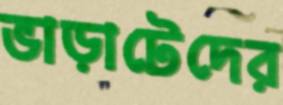
ভাড়াটেদের